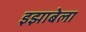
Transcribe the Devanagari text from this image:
इझाबेला